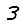
Digit: 3